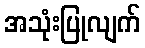
အသုံးပြုလျက်